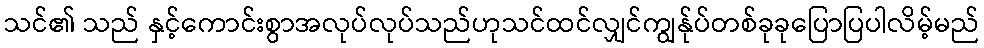
သင်၏ သည် နှင့်ကောင်းစွာအလုပ်လုပ်သည်ဟုသင်ထင်လျှင်ကျွန်ုပ်တစ်ခုခုပြောပြပါလိမ့်မည်